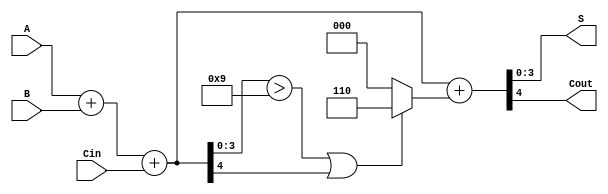
module BCD_Ripple_Carry_Adder (
    input [3:0] A,       // First BCD digit
    input [3:0] B,       // Second BCD digit
    input Cin,           // Carry-in
    output [3:0] S,      // BCD sum output
    output Cout          // Carry-out
);

    // Intermediate signals
    wire [4:0] sum;      // 5 bits to accommodate carry-out
    wire [4:0] corrected_sum; // Corrected sum for BCD
    wire correction;      // Correction flag

    // Full adder logic for BCD addition
    assign sum = A + B + Cin;

    // Check if correction is needed
    assign correction = (sum[3:0] > 4'b1001) || sum[4];

    // If correction is needed, add 6 (0110)
    assign corrected_sum = sum + (correction ? 5'b00110 : 5'b00000);

    // Final BCD output and carry-out
    assign S = corrected_sum[3:0]; // Take the lower 4 bits as the BCD result
    assign Cout = corrected_sum[4]; // Carry-out

endmodule